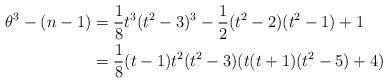
LaTeX: \begin{align*}\theta^3-(n-1)&=\frac{1}{8}t^3(t^2-3)^3-\frac{1}{2}(t^2-2)(t^2-1)+1\\&=\frac{1}{8}(t-1) t^2 (t^2-3) (t (t+1) (t^2-5)+4)\end{align*}